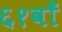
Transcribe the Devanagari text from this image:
६१वाँ